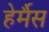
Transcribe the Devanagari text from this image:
हेर्मैस